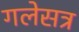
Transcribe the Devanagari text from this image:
गलेसत्र